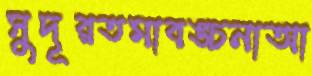
সুদূরতমাবঙ্চনাআ